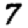
Digit: 7